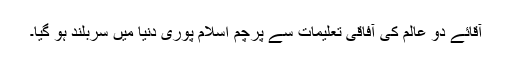
آقائے دو عالم کی آفاقی تعلیمات سے پرچم اسلام پوری دنیا میں سربلند ہو گیا۔